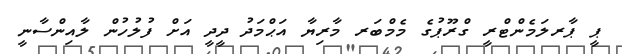
ޕީ ޕާރލަމެންޓްރީ ގްރޫޕުގެ މެމްބަރ މާރިޔާ އަޙްމަދު ދީދީ އަށް ފުލުހުން ލާއިންސާނީ